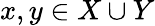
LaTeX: x,y\in X\cup Y